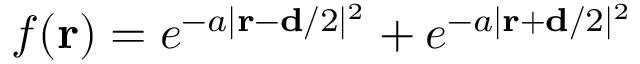
f ( \mathbf { r } ) = e ^ { - a | \mathbf { r } - \mathbf { d } / 2 | ^ { 2 } } + e ^ { - a | \mathbf { r } + \mathbf { d } / 2 | ^ { 2 } }